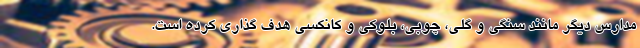
مدارس دیگر مانند سنگی و گلی، چوبی، بلوکی و کانکسی هدف گذاری کرده است.